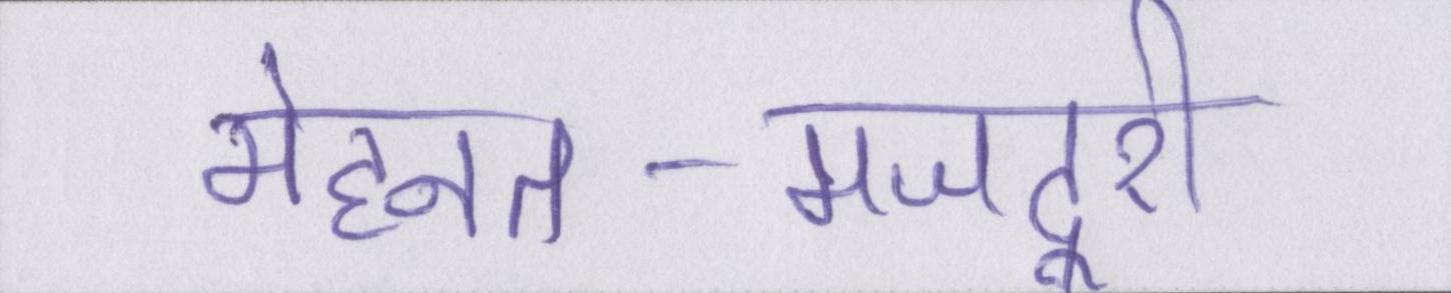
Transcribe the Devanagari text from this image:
मेहनत-मजदूरी